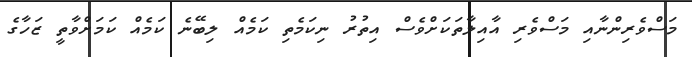
މަސްވެރިންނާއި މަސްވެރި އާއިލާތަކަށްވެސް އިތުރު ނިކަމެތި ކަމެއް ލިބޭނެ ކަމެއް ކަމަށްވާތީ ޒަހާގެ